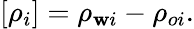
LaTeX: [\rho_{i}]=\rho_{\mathbf{w}i}-\rho_{oi}.